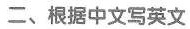
二、根据中文写英文